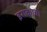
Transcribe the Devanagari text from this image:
इराकाचा